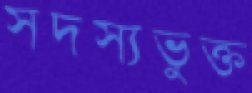
সদস্যভুক্ত